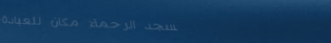
مسجد الرحمة: مكان للعبادة